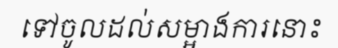
ទៅចូលដល់សម្អាងការនោះ